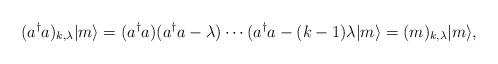
LaTeX: \begin{align*}(a^{\dagger}a)_{k,\lambda}|m\rangle=(a^{\dagger}a)(a^{\dagger}a-\lambda)\cdots(a^{\dagger}a-(k-1)\lambda|m\rangle=(m)_{k,\lambda}|m\rangle,\end{align*}